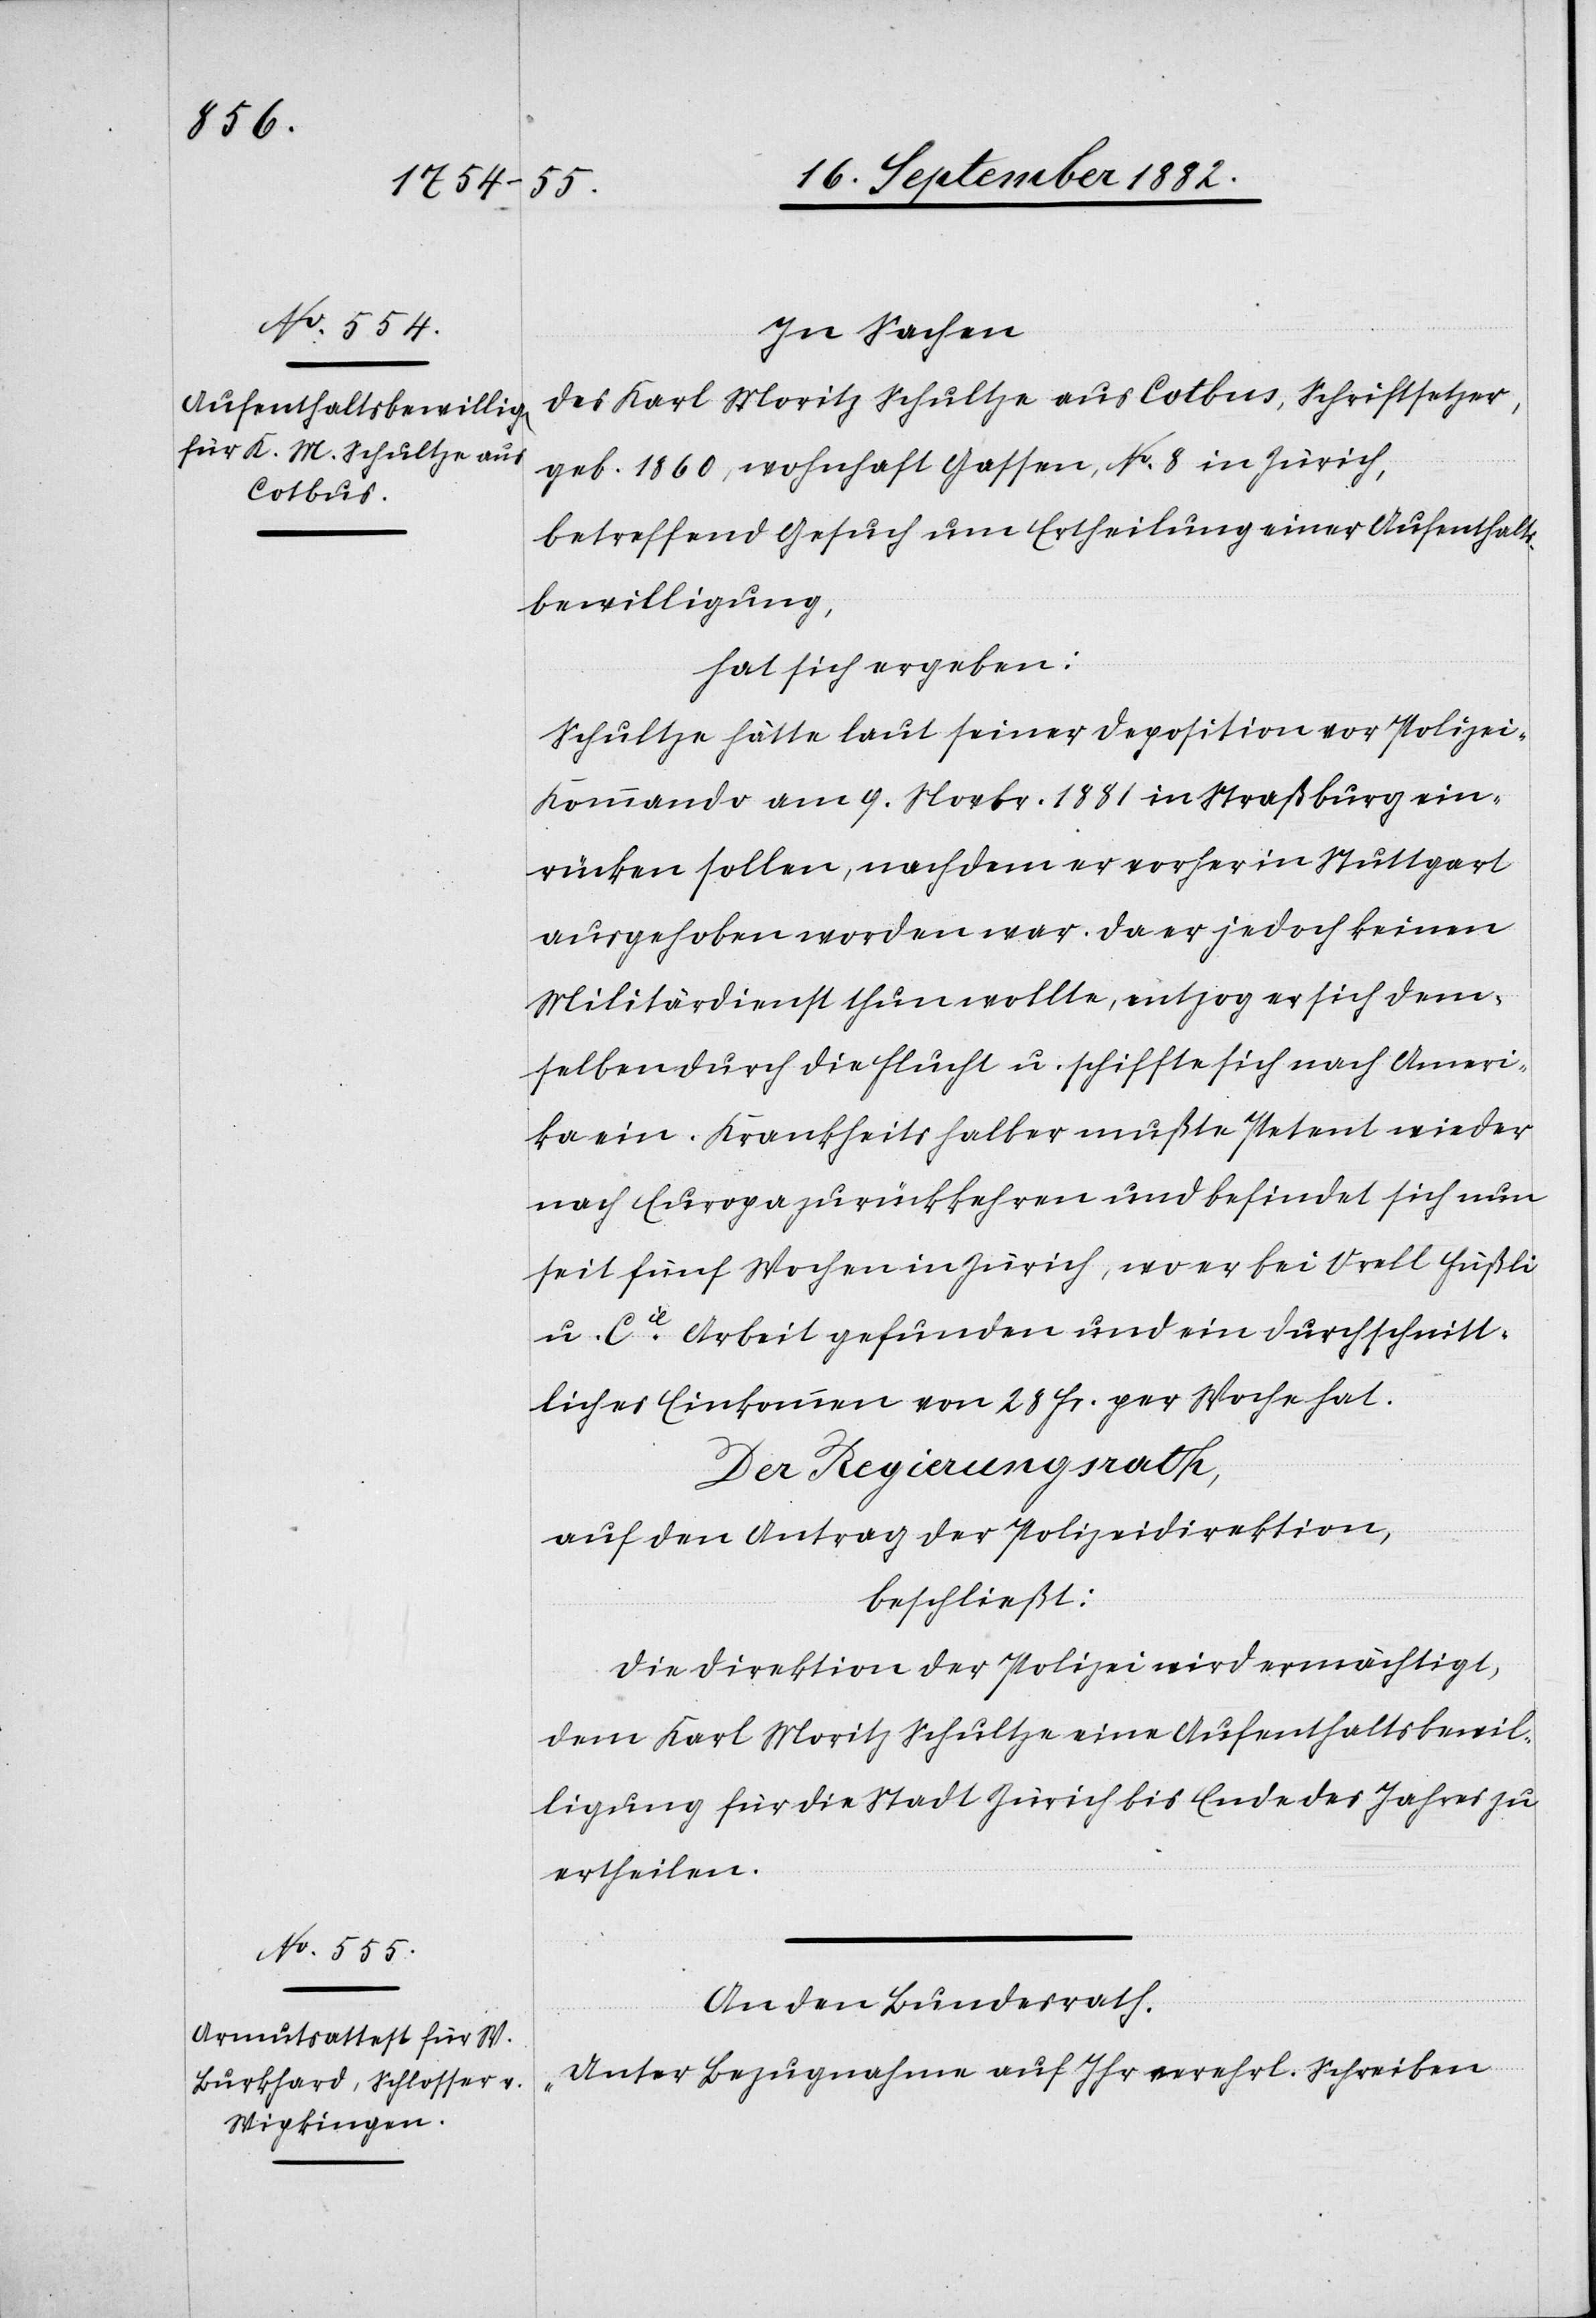
In Sachen
des Karl Moritz Schultze aus Cotbus, Schriftsetzer,
geb. 1860, wohnhaft Gassen, No 8 in Zürich,
betreffend Gesuch um Ertheilung einer Aufenthalts¬
bewilligung,
hat sich ergeben:
Schultze hätte laut seiner Deposition vor Polizei-K¬
ommando am 9. Novbr. 1881 in Straßburg ein¬
rücken sollen, nachdem er vorher in Stuttgart
ausgehoben worden war. Da er jedoch keinen
Militärdienst leisten wollte, entzog er sich dem¬
selben durch die Flucht u. schiffte sich nach Ameri¬
ka ein. Krankheitshalber mußte Petent wieder
nach Europa zurückkehren und befindet sich nun
seit fünf Wochen in Zürich, wo er bei Orell Füßli
u. Cie Arbeit gefunden und ein durchschnitt¬
liches Einkommen von 28. Fr. per Woche hat.
Der Regierungsrath,
auf den Antrag der Polizeidirektion,
beschließt:
Die Direktion der Polizei wird ermächtigt,
dem Karl Moritz Schultze eine Aufenthaltsbewil¬
ligung für die Stadt Zürich bis Ende des Jahres zu
ertheilen.
An den Bundesrath.
„Unter Bezugnahme auf Ihr verehrl. Schreiben